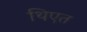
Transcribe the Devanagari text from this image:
थिएत